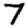
Digit: 7